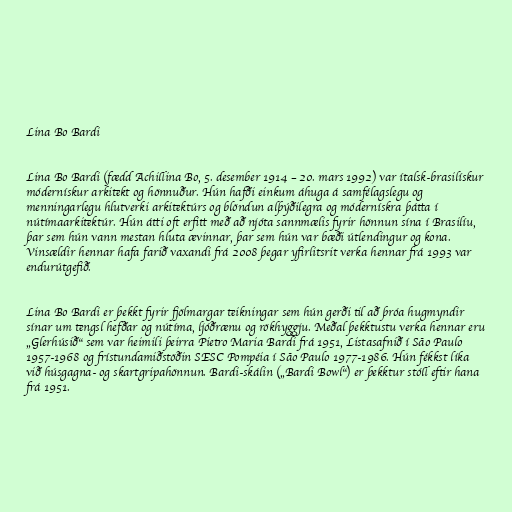
Lina Bo Bardi

Lina Bo Bardi (fædd Achillina Bo, 5. desember 1914 – 20. mars 1992) var ítalsk-brasilískur
módernískur arkitekt og hönnuður. Hún hafði einkum áhuga á samfélagslegu og
menningarlegu hlutverki arkitektúrs og blöndun alþýðilegra og módernískra þátta í
nútímaarkitektúr. Hún átti oft erfitt með að njóta sannmælis fyrir hönnun sína í Brasilíu,
þar sem hún vann mestan hluta ævinnar, þar sem hún var bæði útlendingur og kona.
Vinsældir hennar hafa farið vaxandi frá 2008 þegar yfirlitsrit verka hennar frá 1993 var
endurútgefið.

Lina Bo Bardi er þekkt fyrir fjölmargar teikningar sem hún gerði til að þróa hugmyndir
sínar um tengsl hefðar og nútíma, ljóðrænu og rökhyggju. Meðal þekktustu verka hennar eru
„Glerhúsið“ sem var heimili þeirra Pietro Maria Bardi frá 1951, Listasafnið í São Paulo
1957-1968 og frístundamiðstöðin SESC Pompéia í São Paulo 1977-1986. Hún fékkst líka
við húsgagna- og skartgripahönnun. Bardi-skálin („Bardi Bowl“) er þekktur stóll eftir hana
frá 1951.